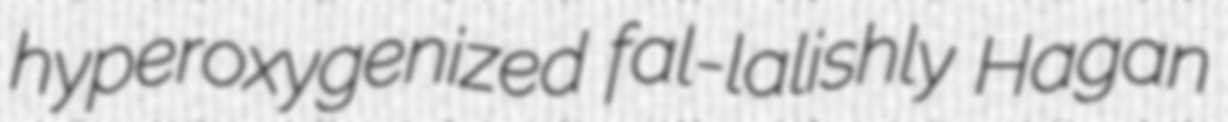
hyperoxygenized fal-lalishly Hagan